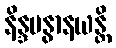
နိန္ဒမနွာနယန္တိ